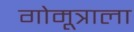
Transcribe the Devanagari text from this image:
गोमूत्राला